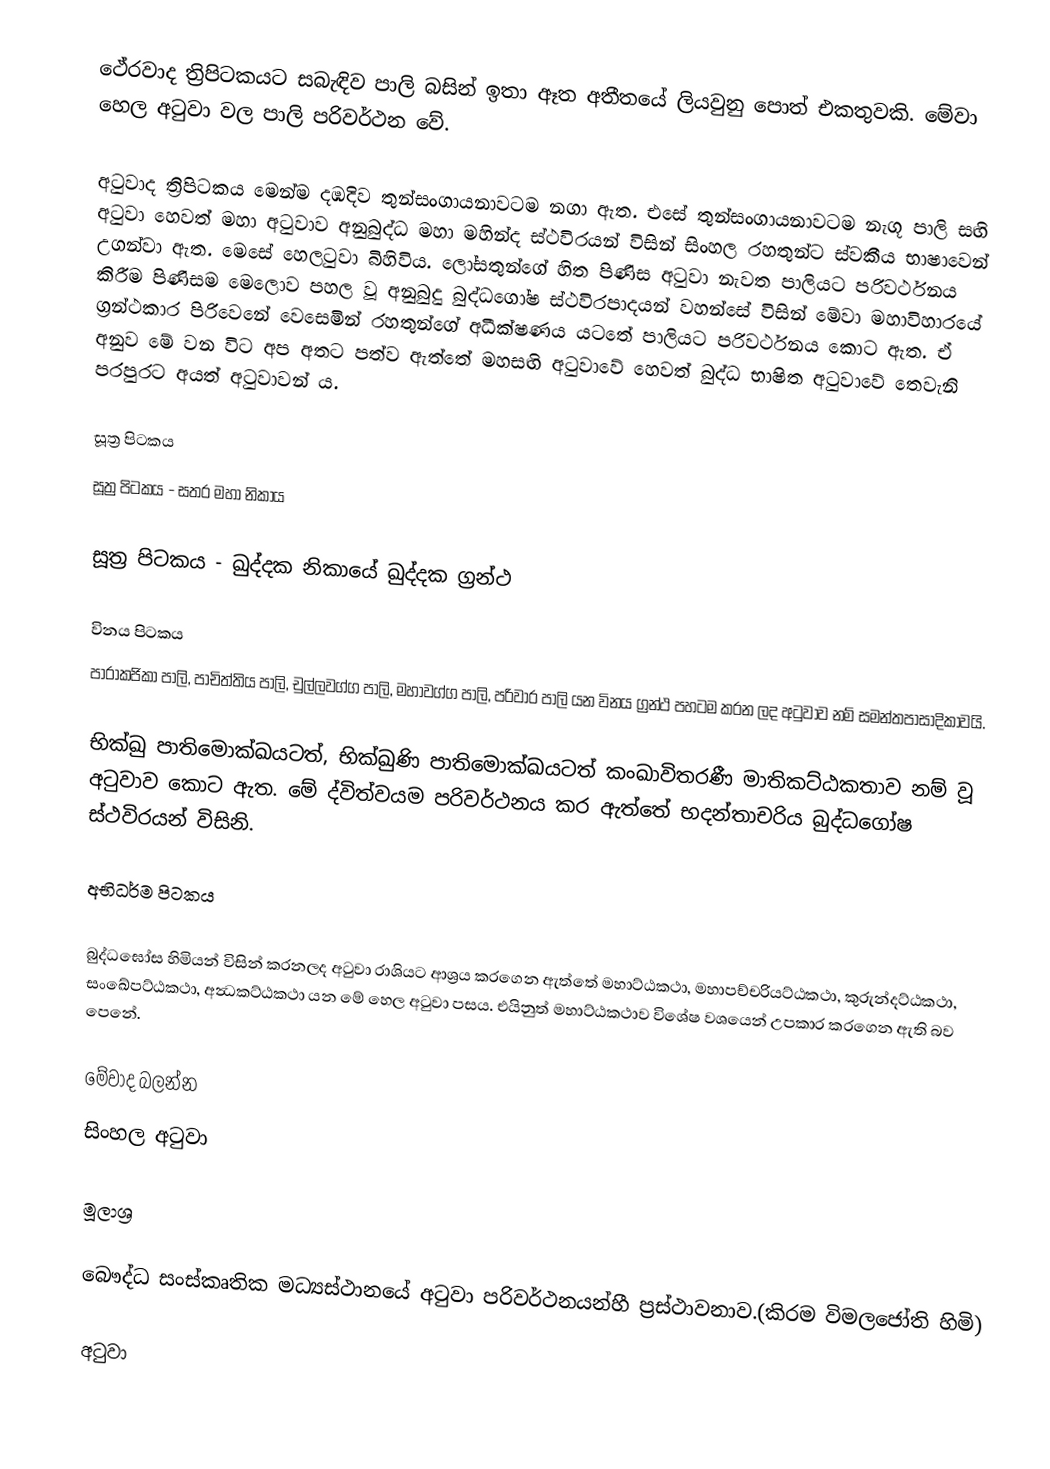
ථේරවාද ත්‍රිපිටකයට සබැඳිව පාලි බසින් ඉතා ඈත අතීතයේ ලියවුනු පොත් එකතුවකි. මේවා හෙල අටුවා වල පාලි පරිවර්ථන වේ.

අටුවාද ත්‍රිපිටකය මෙන්ම දඹදිව තුන්සංගායනාවටම නගා ඇත. එසේ තුන්සංගායනාවටම නැගූ පාලි සඟි අටුවා හෙවත් මහා අටුවාව අනුබුද්ධ මහා මහින්ද ස්ථවිරයන් විසින් සිංහල රහතුන්ට ස්වකීය භාෂාවෙන් උගන්වා ඇත. මෙසේ හෙලටුවා බිහිවිය. ලෝසතුන්ගේ හිත පිණිස අටුවා නැවත පාලියට පරිවර්ථනය කිරීම පිණිසම මෙලොව පහල වූ අනුබුදු බුද්ධගෝෂ ස්ථවිරපාදයන් වහන්සේ විසින් මේවා මහාවිහාරයේ ග්‍රන්ථකාර පිරිවෙනේ වෙසෙමින් රහතුන්ගේ අධීක්ෂණය යටතේ පාලියට පරිවර්ථනය කොට ඇත. ඒ අනුව මේ වන විට අප අතට පත්ව ඇත්තේ මහසඟි අටුවාවේ හෙවත් බුද්ධ භාෂිත අටුවාවේ තෙවැනි පරපුරට අයත් අටුවාවන්‍ ය.

සූත්‍ර පිටකය
සූත්‍ර පිටකය - සතර මහා නිකාය

සූත්‍ර පිටකය - ඛුද්දක නිකායේ ඛුද්දක ග්‍රන්ථ

විනය පිටකය
පාරාකජිකා පාලි, පාචිත්තිය පාලි, චුල්ලවග්ග පාලි, මහාවග්ග පාලි, පරිවාර පාලි යන විනය ග්‍රන්ථ පහටම කරන ලද අටුවාව නම් සමන්තපාසාදිකාවයි.

භික්ඛු පාතිමොක්ඛයටත්, භික්ඛුණි පාතිමොක්ඛයටත් කංඛාවිතරණී මාතිකට්ඨකතාව නම් වූ අටුවාව කොට ඇත. මේ ද්විත්වයම පරිවර්ථනය කර ඇත්තේ භදන්තාචරිය බුද්ධගෝෂ ස්ථවිරයන් විසිනි.

අභිධර්ම පිටකය

බුද්ධඝෝස හිමියන් විසින් කරනලද අටුවා රාශියට ආශ්‍රය කරගෙන ඇත්තේ මහාට්ඨකථා, මහාපච්චරියට්ඨකථා, කුරුන්දට්ඨකථා, සංඛේපට්ඨකථා, අන්‍ධකට්ඨකථා යන මේ හෙල අටුවා පසය. එයිනුත් මහාට්ඨකථාව විශේෂ වශයෙන් උපකාර කරගෙන ඇති බව පෙනේ.

මේවාද බලන්න
 සිංහල අටුවා

මූලාශ්‍ර

 බෞද්ධ සංස්කෘතික මධ්‍යස්ථානයේ අටුවා පරිවර්ථනයන්හී ප්‍රස්ථාවනාව.(කිරම විමලජෝති හිමි)

අටුවා